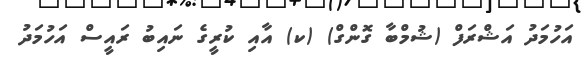
އަހުމަދު އަޝްރަފް (ޝުމްބާ ގޮންގް) (ކ) އާއި ކުރީގެ ނައިބު ރައީސް އަހުމަދު